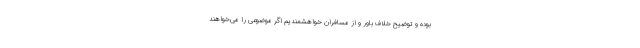
بوده و توضیح خلاف باور و از مسافران خواهشمندیم اگر موضوعی را می‌خواهند